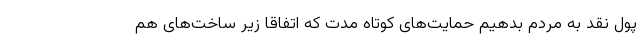
پول نقد به مردم بدهیم حمایت‌های کوتاه مدت که اتفاقا زیر ساخت‌های هم